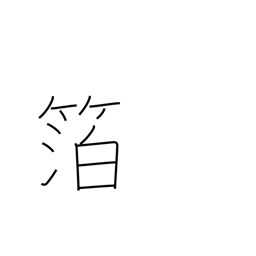
Meaning: foil